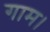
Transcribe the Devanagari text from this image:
गाम।